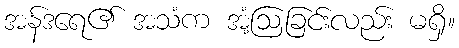
အန်ဒရေ၏ အသံက အံ့ဩခြင်းလည်း မရှိ။